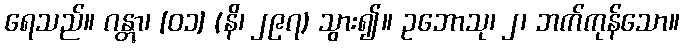
ရေသည်။ ဂန္တွာ၊ [၀၁] (နိ၊ ၂၉၇) သွား၍။ ဥဘောသု၊ ၂၊ ဘက်ကုန်သော။